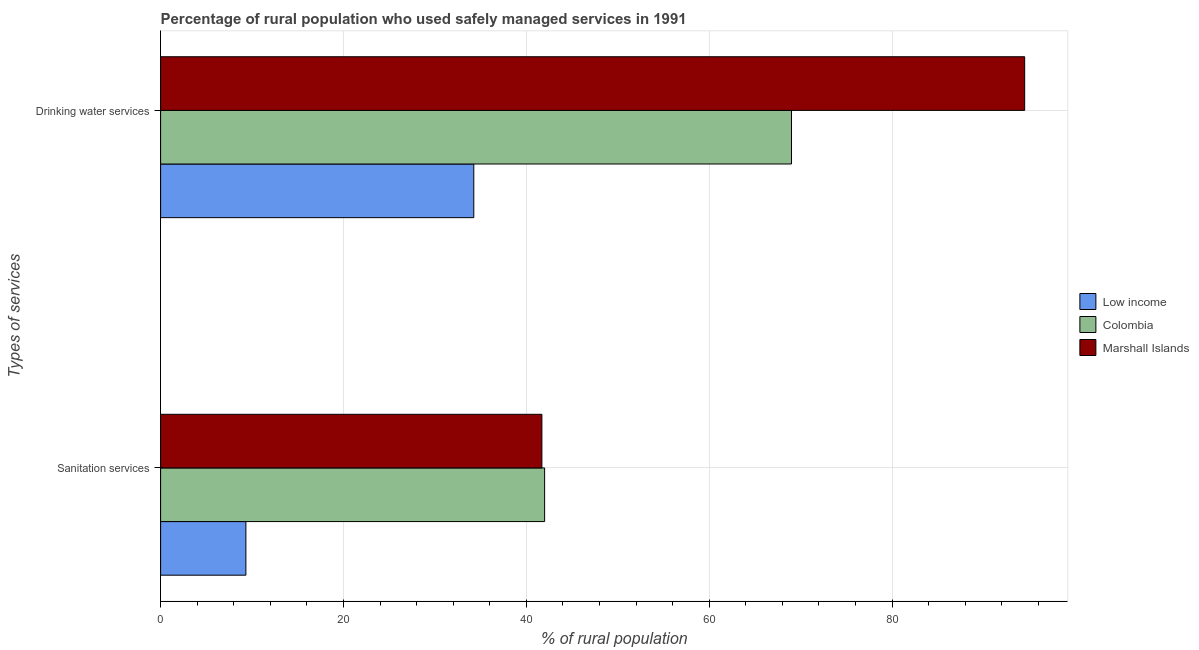
| Types of services | Low income | Colombia | Marshall Islands |
 | --- | --- | --- | --- |
 | Sanitation services | 9.33 | 42 | 41.7 |
 | Drinking water services | 34.3 | 69 | 94.5 |